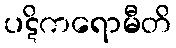
ပဋိကရောမီတိ